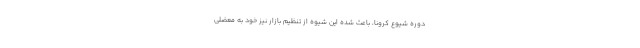
دوره شیوع کرونا، باعث شده این شیوه از تنظیم بازار نیز خود به معضلی